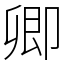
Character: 卿